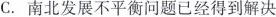
C.南北发展不平衡问题已经得到解决